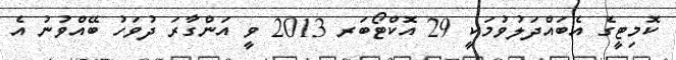
ކޮމިޓީގެ އެބައްދަލުވުމަކީ 29 އޮކްޓޯބަރ 2013 ވީ އަންގާރަ ދުވަހު ބޭއްވުނު އެ